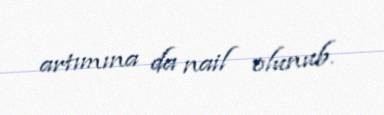
artımına da nail olunub.